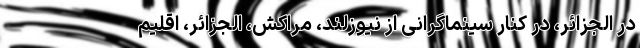
در الجزائر، در کنار سینماگرانی از نیوزلند، مراکش، الجزائر، اقلیم